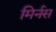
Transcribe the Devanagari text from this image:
मिर्नस